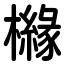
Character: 櫞